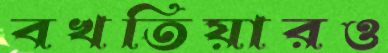
বখতিয়ারও